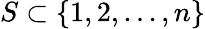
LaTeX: S\subset\{ 1,2,...,n\}